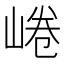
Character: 𡸩